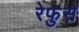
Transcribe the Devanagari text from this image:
रेफुसे